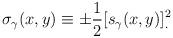
LaTeX: \begin{align*}\sigma_\gamma(x,y) \equiv \pm{1\over2} [s_\gamma(x,y)]^2_.\end{align*}